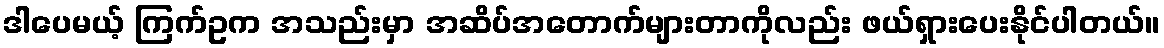
ဒါပေမယ့် ကြက်ဥက အသည်းမှာ အဆိပ်အတောက်များတာကိုလည်း ဖယ်ရှားပေးနိုင်ပါတယ်။